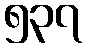
၅၃၇